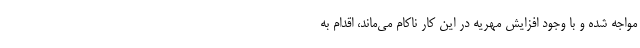
مواجه شده و با وجود افزایش مهریه در این کار ناکام می‌ماند، اقدام به